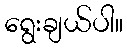
ရွေးချယ်ပါ။